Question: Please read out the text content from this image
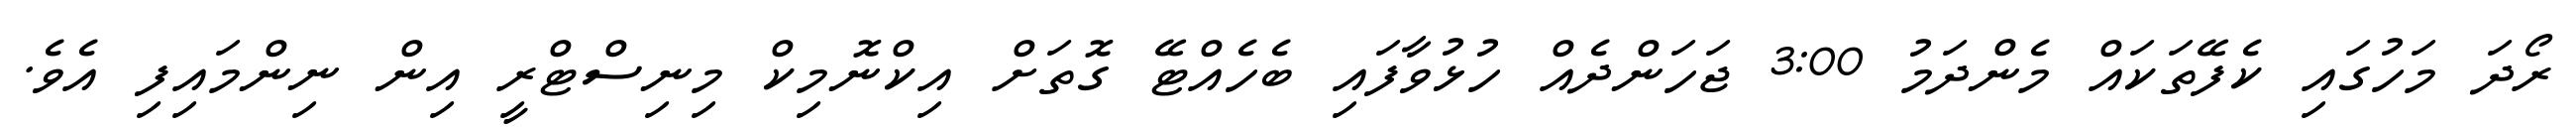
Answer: ރޯދަ މަހުގައި ކެފޭތަކައް މެންދަމު 3:00 ޖަހަންދެއް ހުޅުވާފައި ބެހެއްޓޭ ގޮތަށް އިކްނޮމިކް މިނިސްޓްރީ އިން ނިންމައިފި އެވެ.